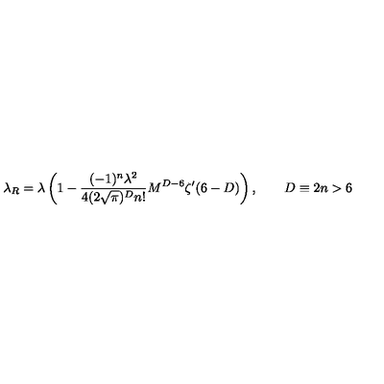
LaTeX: \lambda _ { R } = \lambda \left( 1 - \frac { ( - 1 ) ^ { n } \lambda ^ { 2 } } { 4 ( 2 \sqrt { \pi } ) ^ { D } n ! } M ^ { D - 6 } \zeta ^ { \prime } ( 6 - D ) \right) , \qquad D \equiv 2 n > 6